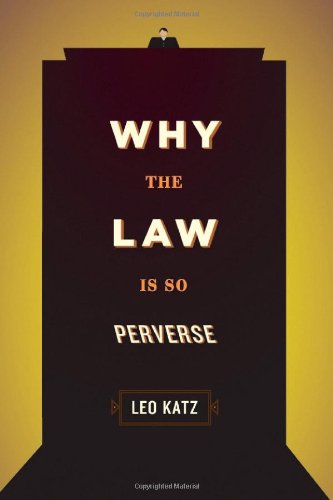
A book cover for Why the Law Is So Perverse; Leo Katz; Law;